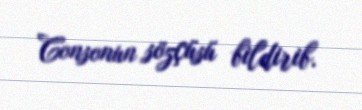
Consonun sözçüsü bildirib.